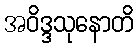
အဝိဒ္ဒသုနောတိ